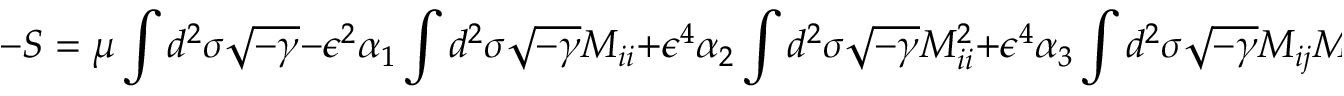
- S = \mu \int d ^ { 2 } \sigma \sqrt { - \gamma } - \epsilon ^ { 2 } \alpha _ { 1 } \int d ^ { 2 } \sigma \sqrt { - \gamma } \: M _ { i i } + \epsilon ^ { 4 } \alpha _ { 2 } \int d ^ { 2 } \sigma \sqrt { - \gamma } \: M _ { i i } ^ { 2 } + \epsilon ^ { 4 } \alpha _ { 3 } \int d ^ { 2 } \sigma \sqrt { - \gamma } \: M _ { i j } M _ { i j } ,